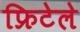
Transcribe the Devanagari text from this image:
फ्रिटेले